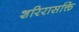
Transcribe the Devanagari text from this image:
शरिरासक्ति